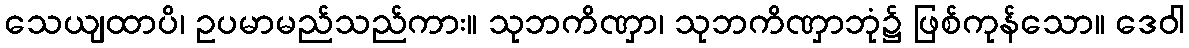
သေယျထာပိ၊ ဥပမာမည်သည်ကား။ သုဘကိဏှာ၊ သုဘကိဏှာဘုံ၌ ဖြစ်ကုန်သော။ ဒေဝါ